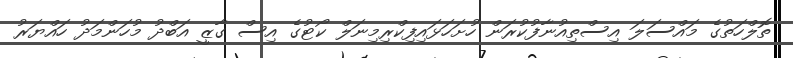
ތޮލްހަތުގެ މައްސަލަ އިސްތިއުނާފުކުރަން ހުށަހަޅައިފިކްރިމިނަލް ކޯޓުގެ އިސް ގާޒީ އަބްދު މުހަންމަދު ހައްޔަރު